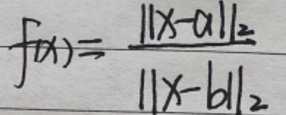
$f(x)=\frac{\|x - a\|_2}{\|x - b\|_2}$